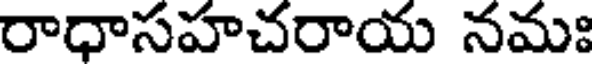
రాధాసహచరాయ నమః